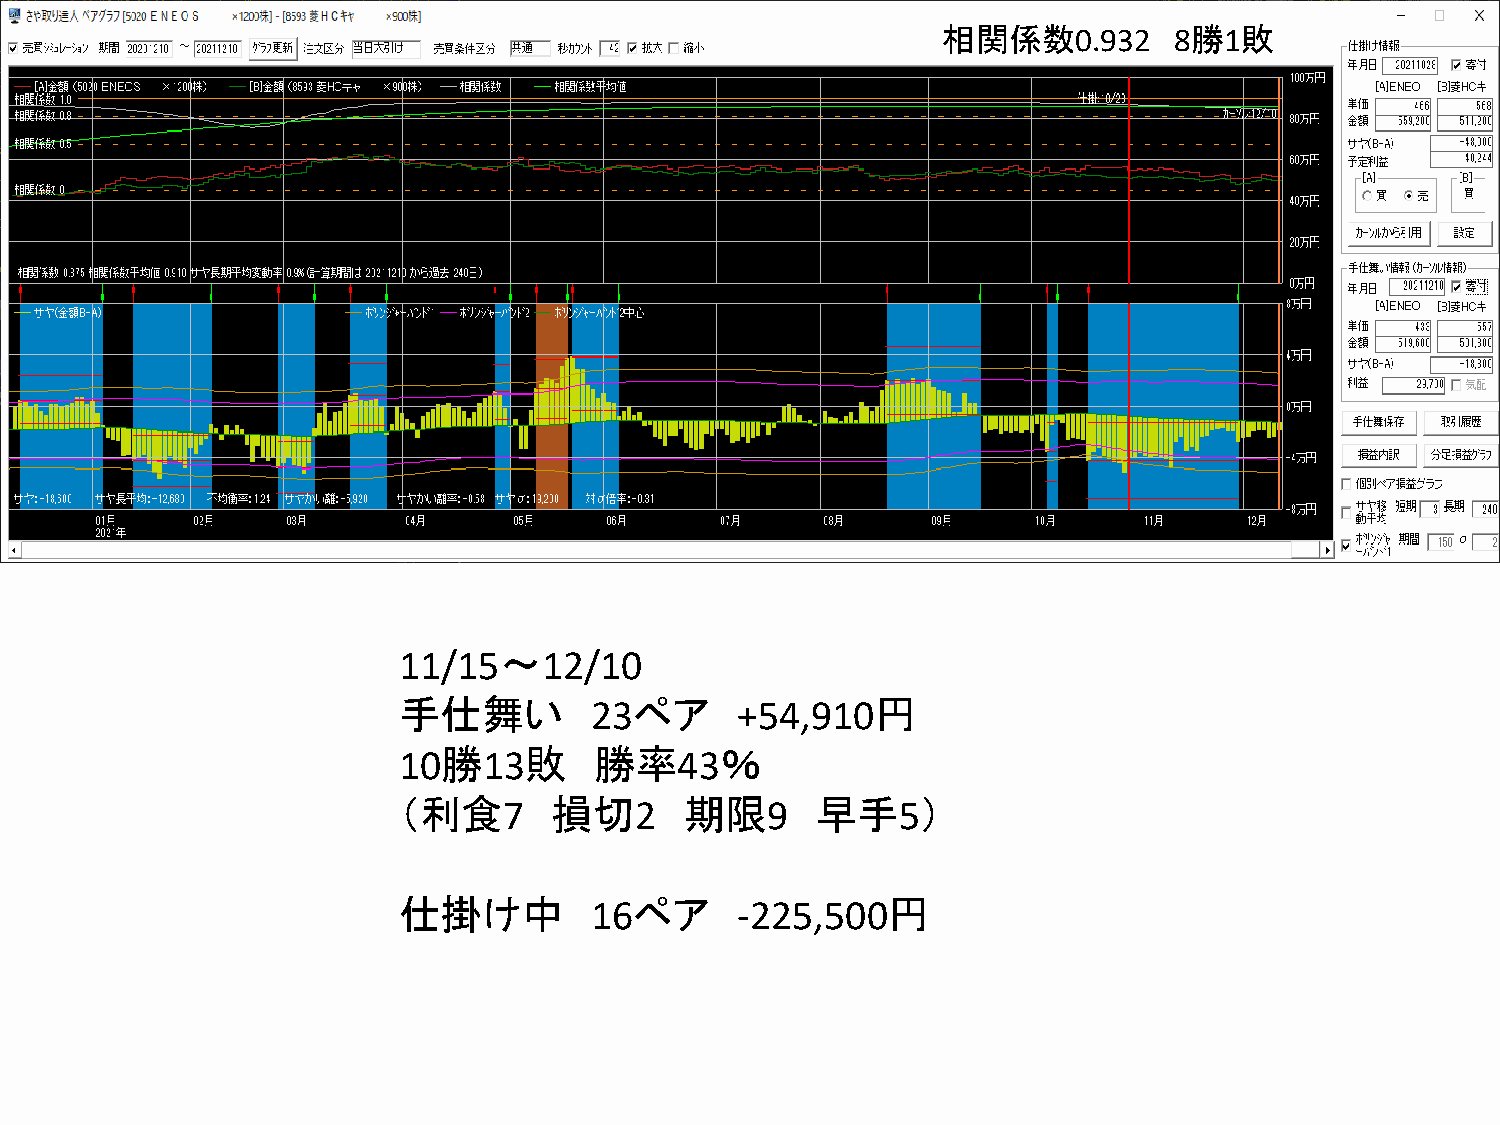
相関係数0.932       8勝1敗
 11/15～12/10
 手仕舞い         23ペア      +54,910円
 10勝13敗       勝率43％
 （利食7       損切2     期限9      早手5）
 仕掛け中         16ペア      -225,500円